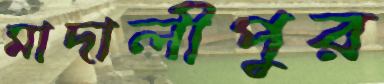
মাদালীপুর